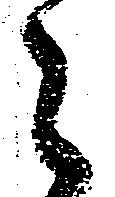
々